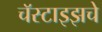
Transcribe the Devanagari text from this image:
चॅस्टाइझचे